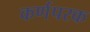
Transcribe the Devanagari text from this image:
कर्णपरक